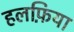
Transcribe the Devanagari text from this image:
हलफ़िया